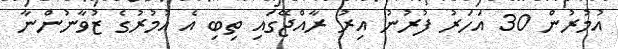
އުމުރުން 30 އަހަރު ފުރުނު އިރު ރާއްޖޭގައި ތިބި އެ އުމުރުގެ ޒުވާނުންނާ